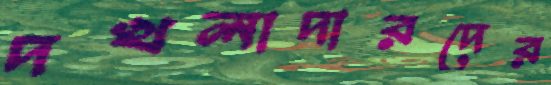
দখলাদারদের